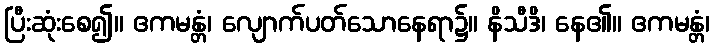
ပြီးဆုံးစေ၍။ ဧကမန္တံ၊ လျောက်ပတ်သောနေရာ၌။ နိသီဒိ၊ နေ၏။ ဧကမန္တံ၊